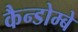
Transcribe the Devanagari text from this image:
कैन्डोम्बे